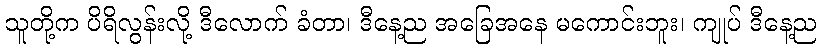
သူတို့က ပိရိလွန်းလို့ ဒီလောက် ခံတာ၊ ဒီနေ့ည အခြေအနေ မကောင်းဘူး၊ ကျုပ် ဒီနေ့ည